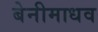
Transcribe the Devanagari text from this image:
बेनीमाधव